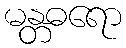
မန္တဓရော